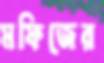
মফিজের